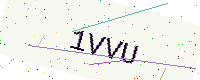
Text: 1VVU